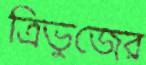
ত্রিভুজের